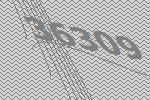
36309